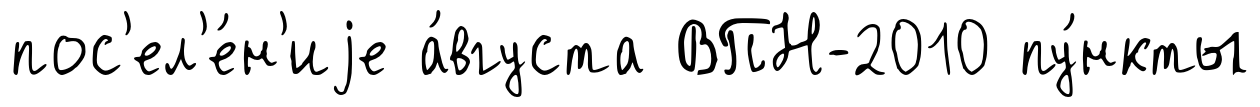
пос'ел'е́н'иjе а́вгуста ВПН-2010 пу́нкты